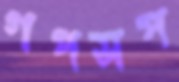
গপসপ